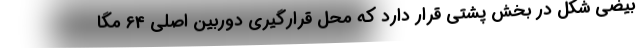
بیضی شکل در بخش پشتی قرار دارد که محل قرارگیری دوربین اصلی 64 مگا